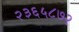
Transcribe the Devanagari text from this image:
२३६५८७२